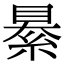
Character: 䋰